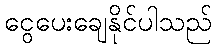
ငွေပေးချေနိုင်ပါသည်